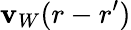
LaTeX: \mathbf{v}_{W}(r-r^{\prime})